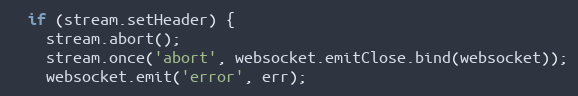
Language: JavaScript
  if (stream.setHeader) {
    stream.abort();
    stream.once('abort', websocket.emitClose.bind(websocket));
    websocket.emit('error', err);